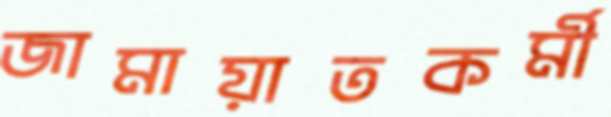
জামায়াতকর্মী